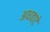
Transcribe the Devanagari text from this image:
अधवाटे